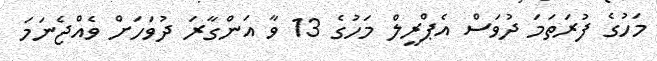
މަހުގެ ފުރަތަމަ ދުވަސް އެޕްރީލް މަހުގެ 13 ވާ އަންގާރަ ދުވަހަށް ވެއްޖެނަމަ